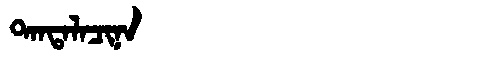
Manchu: ᡨᠠᠨᡨᠠᠯᠠᠴᡳᠨᠠ
Romanization: TANTALACINA